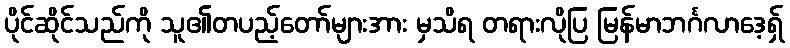
ပိုင်ဆိုင်သည်ကို သူ၏တပည့်တော်များအား မှသိရ တရားလိုပြ မြန်မာဘင်္ဂလာဒေ့ရှ်